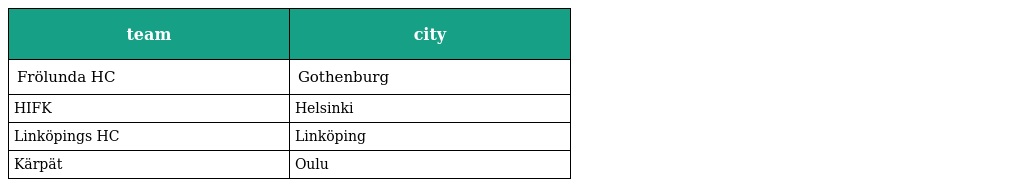
| team | city |
 | --- | --- |
 | Frölunda HC | Gothenburg |
 | HIFK | Helsinki |
 | Linköpings HC | Linköping |
 | Kärpät | Oulu |